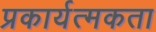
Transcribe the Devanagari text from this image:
प्रकार्यत्मकता